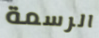
الرسمة